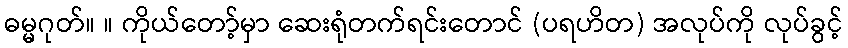
ဓမ္မဂုတ်။ ။ ကိုယ်တော့်မှာ ဆေးရုံတက်ရင်းတောင် (ပရဟိတ) အလုပ်ကို လုပ်ခွင့်